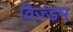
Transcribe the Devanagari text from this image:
विज़्डम